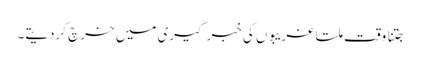
جتنا وقت ملتا غریبوں کی خبر گیری میں خرچ کردیتے۔